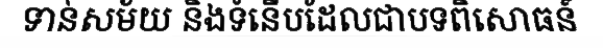
ទាន់សម័យ និងទំនើបដែលជាបទពិសោធន៍